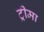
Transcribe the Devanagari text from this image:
ट्रीमा